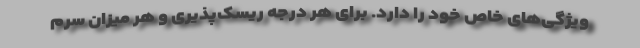
ویژگی‌های خاص خود را دارد. برای هر درجه ریسک‌پذیری و هر میزان سرم